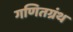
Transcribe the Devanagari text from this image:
गणितग्रंथ